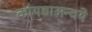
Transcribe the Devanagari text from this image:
कायद्याअन्वये